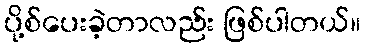
ပို့စ်ပေးခဲ့တာလည်း ဖြစ်ပါတယ်။